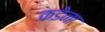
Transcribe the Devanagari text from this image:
कडेना